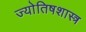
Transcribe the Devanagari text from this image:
ज्याेतिषशास्त्र